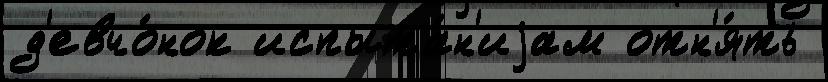
д'евчо́нок испыта́н'иjам отн'я́ть